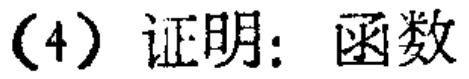
（4）证明：函数